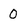
Character: 0